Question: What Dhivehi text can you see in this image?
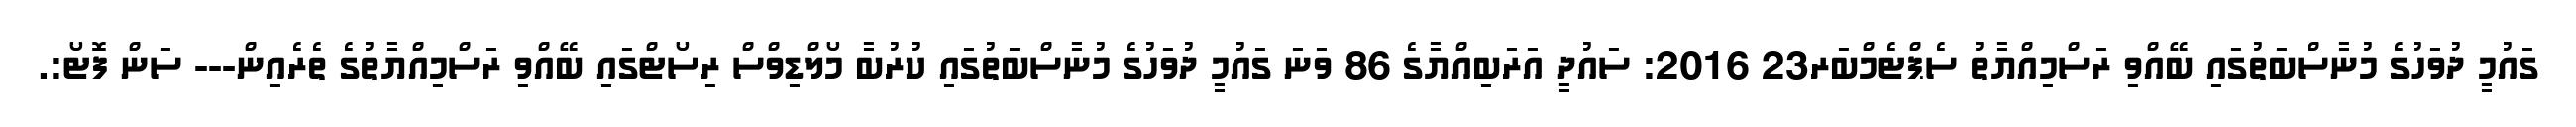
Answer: ގައުމީ ދުވަހުގެ މުނާސްބަތުގައި ބޭއްވި ރަސްމިއްޔާތު ސެޕްޓެމްބަރ23 2016: ސައުދީ އަރަބިއްޔާގެ 86 ވަނަ ގައުމީ ދުވަހުގެ މުނާސްބަތުގައި ކުރުބާ މޯލްޑިވްސް ރިސޯޓްގައި ބޭއްވި ރަސްމިއްޔާތުގެ ތެރެއިން--- ސަން ފޮޓޯ:.